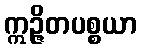
ဣဉ္ဇိတပစ္စယာ